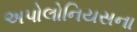
અપોલોનિયસના